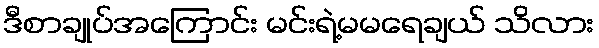
ဒီစာချုပ်အကြောင်း မင်းရဲ့မမရေချယ် သိလား